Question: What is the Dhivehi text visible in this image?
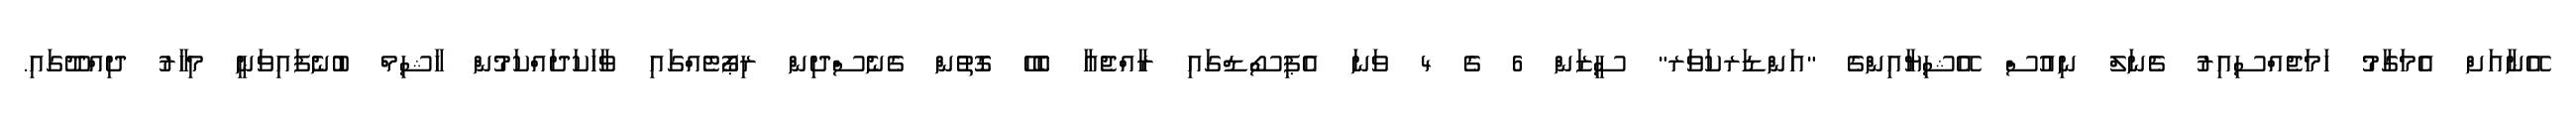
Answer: އޭނާއަށް އެމަގާމު ހަމަޖެއްސިއިރު ޗެނަލް ނިއުސް އޭޝިޔާއިންގެ "އަންޑަރކަވަރ" ސީޒަން 6 ގެ 4 ވަނަ އެޕިސޯޑްގައި ރާއްޖެއާ ބެހޭ ގޮތުން ގެނެސްދިން ރިޕޯޓެއްގައި ވާހަކަދައްކަމުން ހާޝިމް ބުނެފައިވަނީ މިހާރު ދިއްދޫގައި.